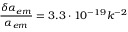
\frac { \delta \alpha _ { e m } } { \alpha _ { e m } } = 3 . 3 \cdot 1 0 ^ { - 1 9 } k ^ { - 2 }